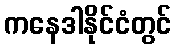
ကနေဒါနိုင်ငံတွင်